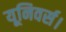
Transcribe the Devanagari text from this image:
यूनिवर्स।